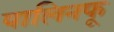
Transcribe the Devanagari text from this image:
पालिनफू